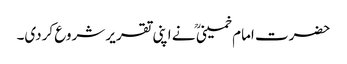
حضرت امام خمینی ؒ نے اپنی تقریر شروع کردی۔